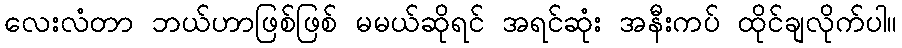
လေးလံတာ ဘယ်ဟာဖြစ်ဖြစ် မမယ်ဆိုရင် အရင်ဆုံး အနီးကပ် ထိုင်ချလိုက်ပါ။